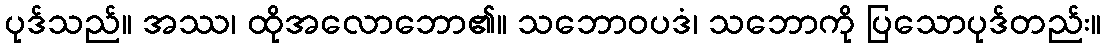
ပုဒ်သည်။ အဿ၊ ထိုအလောဘော၏။ သဘောဝပဒံ၊ သဘောကို ပြသောပုဒ်တည်း။